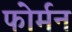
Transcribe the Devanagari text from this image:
फोर्मन